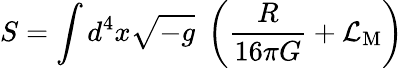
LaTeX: S=\int d^{4}x{\sqrt{-g}}\; \left({\frac{R}{16\pi G}}+{\mathcal{L}}_{\mathrm{M}}\right)